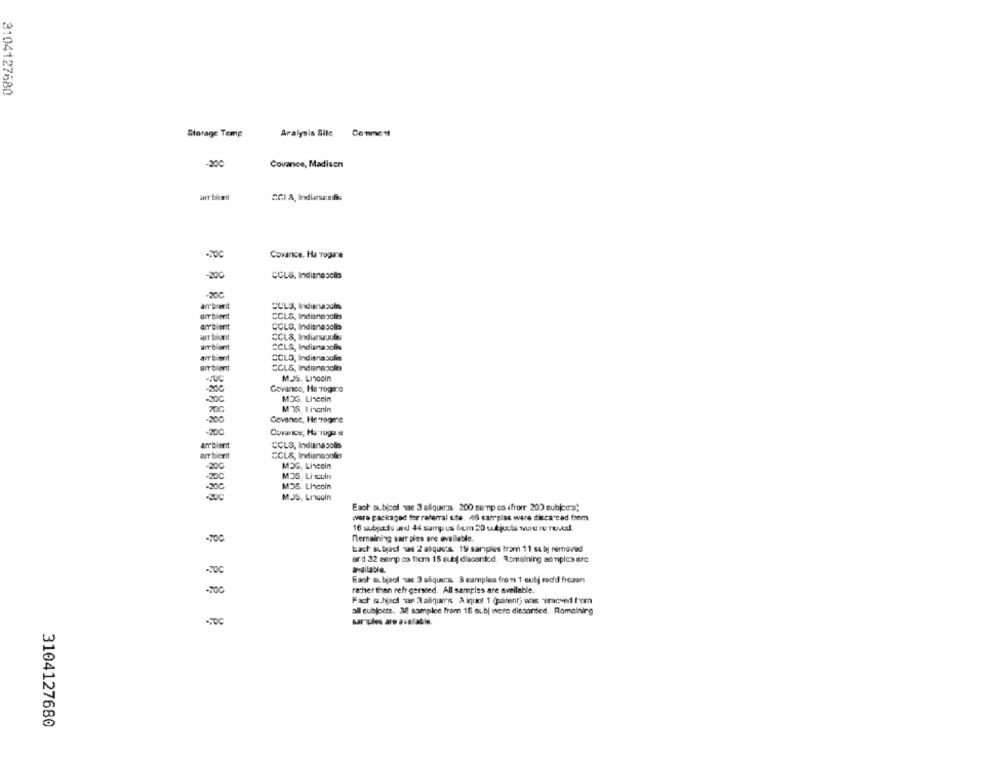
3104127680
Storage Temp
Aralysis Site
Comment
-200
Covance, Madisen
Covance, Ha Togane
-200
CCLS, Indianasolo
-200
CULS, Indianapolis
arr bient
arr bient
CCLS, Indianapole
ambient
COLS, Indianapolis
CCLS, Induruulas
CCLS, Indianapolis
arr bient
CCLO, Indianapolis
ambient
CCLS, Indianapolis
MJS. Lincoln
Govaneo, He roga'e
-200
MOS. Lincoln
MTS I ingnin
-200
Govenec, He rogere
-20℃
Curante, Ha rugs se
ambient
CCLS, Indianapolis
CCLS, Indianapolis
MOG, Lineein
-20C
MJS. Lincoln
-200
MDS. Lincoln
MJS, Lincoln
Eaol oubicol nas 3 aliquora. 200 semp es ifromr 200 subjec:s)
were packaged fer referral site. 46 canplas were disca ced from
16 subjects : 44 sump es frem 20 u.tjects wurereno.d
-70C
Remaining sarr ples are available.
Each subject sas 2 alquers. 19 samples tram 11 sa by removed
ard 32 asip ca frem 15 subj discarded. Remaining aenpica are
adilable.
Faol subject nas 3 alquo:s 3 samples from 1 subj red'd frozen
-TOC
rather than refr gersted. All samples are available.
Fach s.hjadi tas 3 allqures À iquot 1 (patent) was -ecved from
all eubjocte, 38 samplce from 16 albi were diesarded. Romainirg
sarples a
.avalabı
3104127680